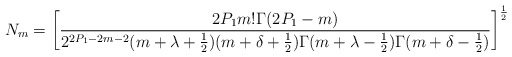
\begin{align*}N_m=\left[\frac{2P_1m!\Gamma(2P_1-m)}{2^{2P_1-2m-2}(m+\lambda+\frac{1}{2})(m+\delta+\frac{1}{2})\Gamma(m+\lambda-\frac{1}{2})\Gamma(m+\delta-\frac{1}{2})}\right]^{\frac{1}{2}}\end{align*}